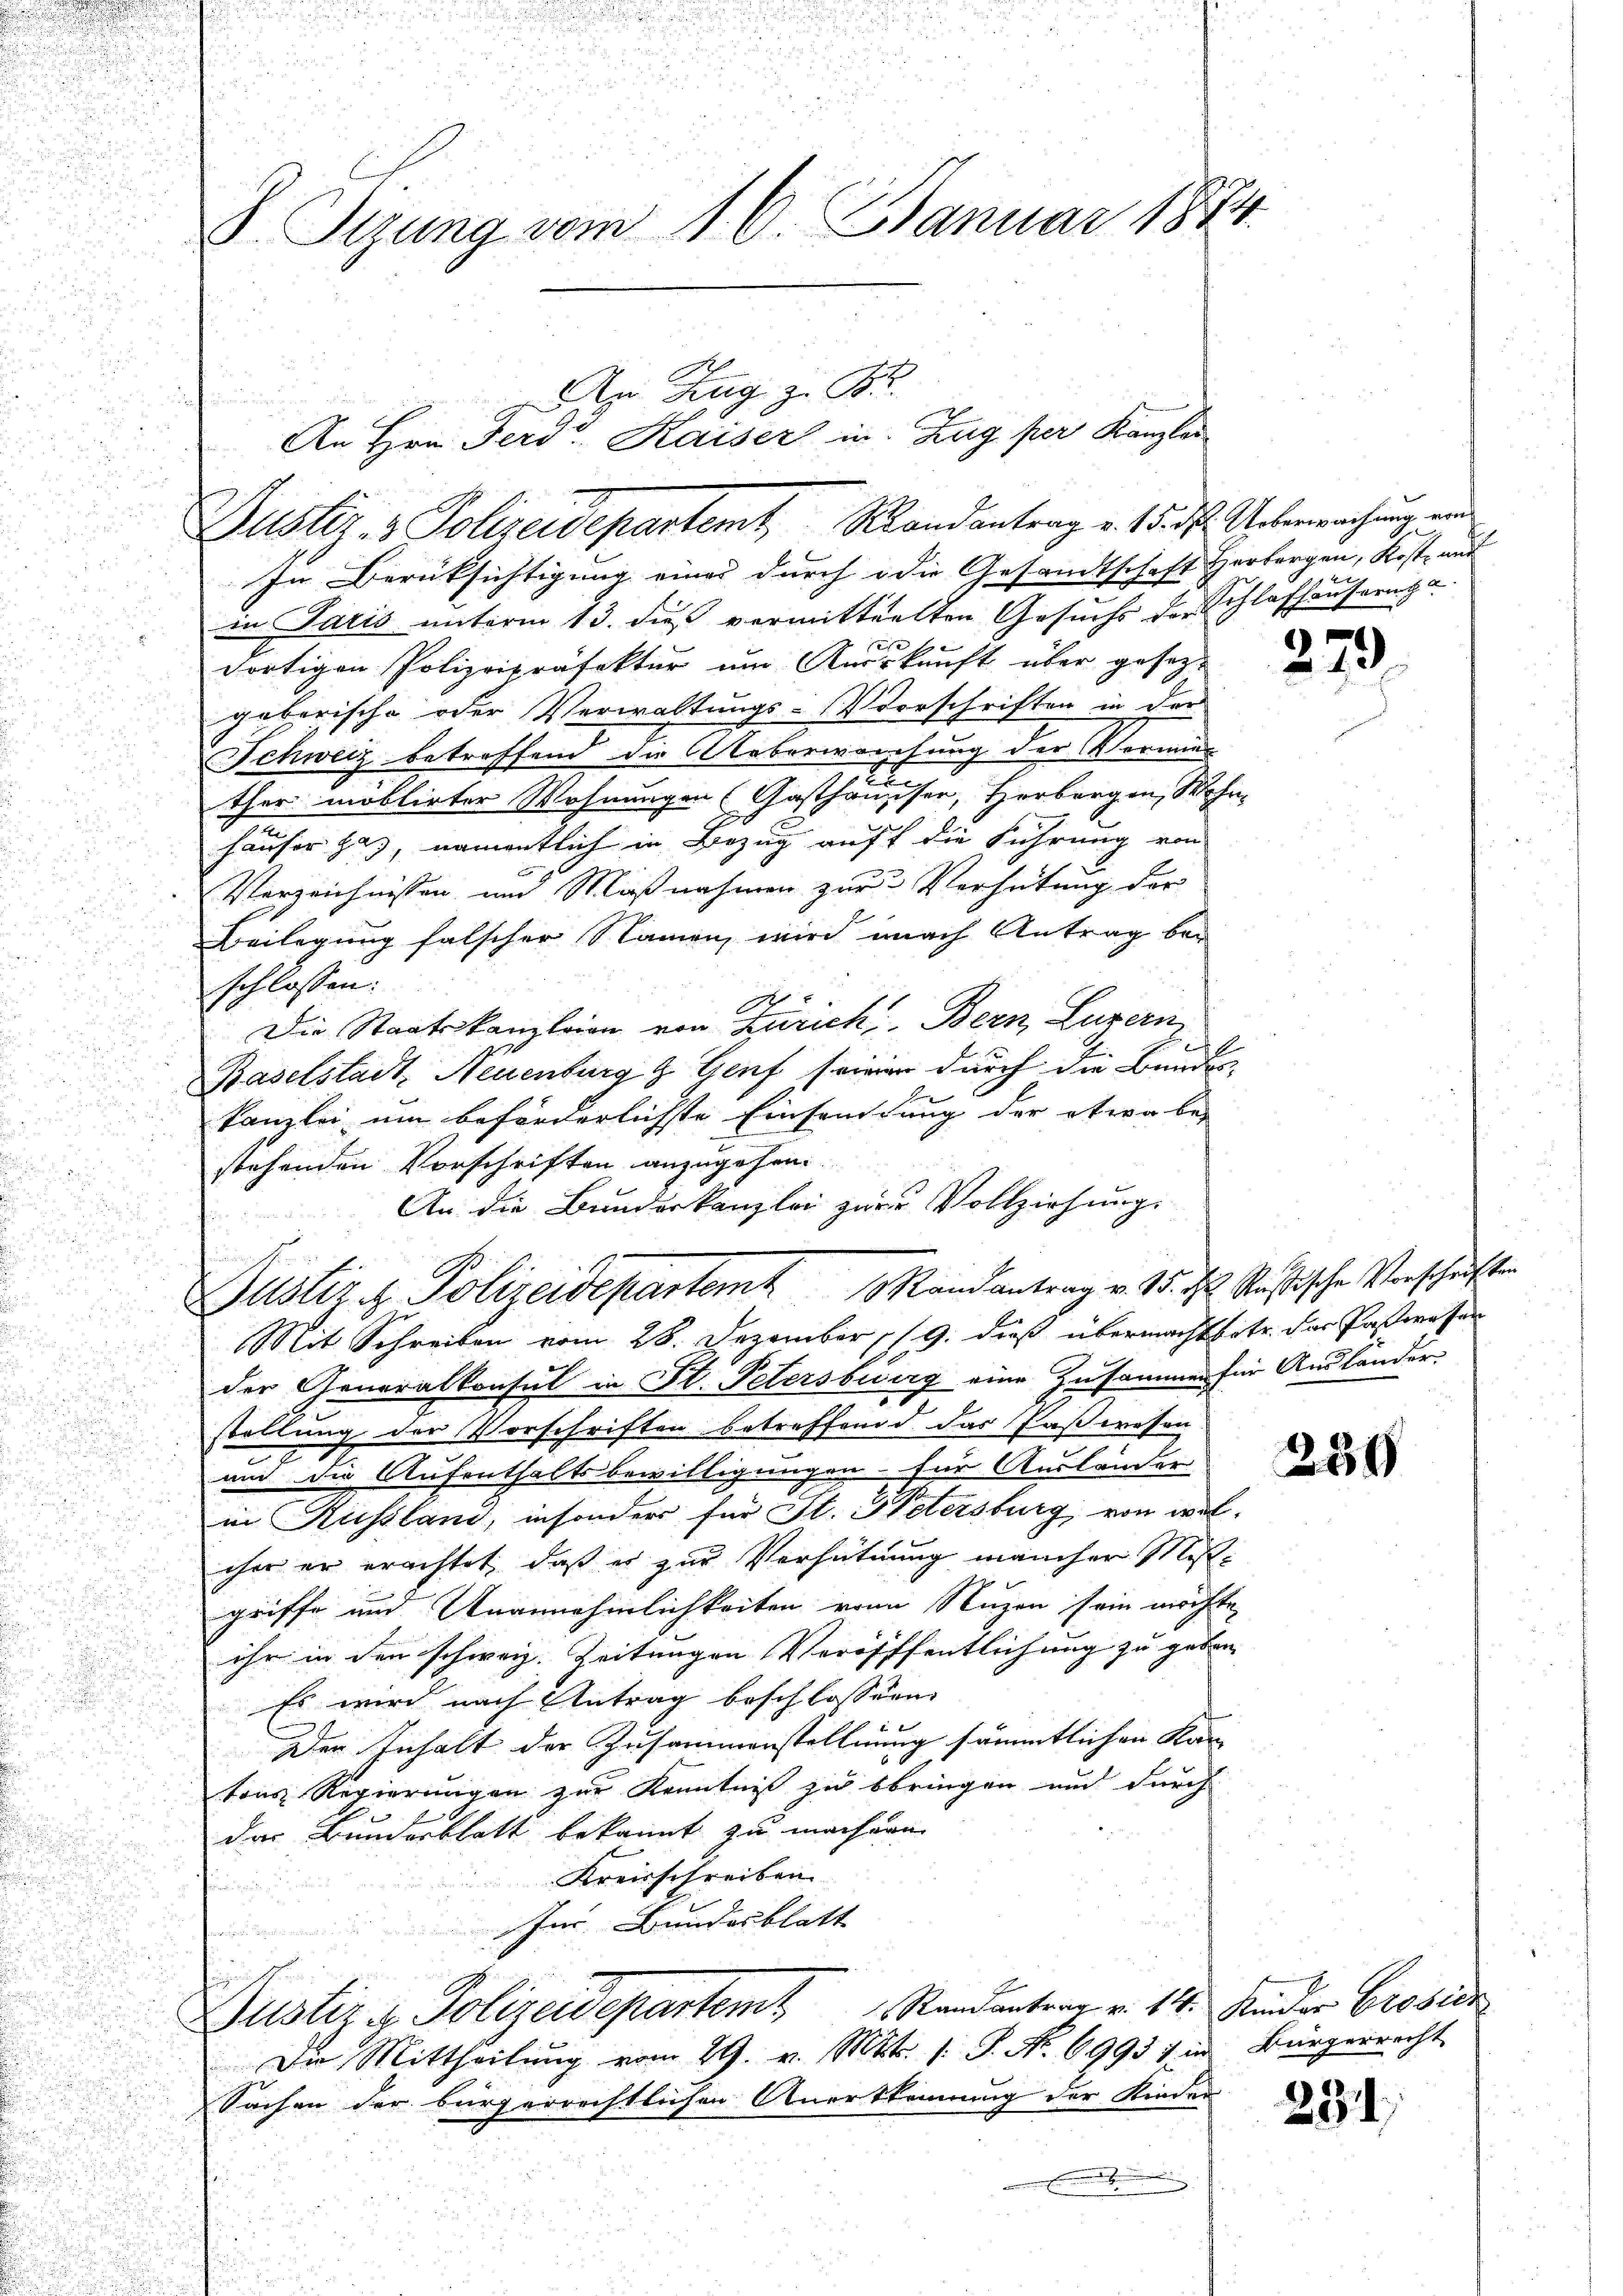
In Berücksichtigung eines durch die Gesandtschaft Herborgen, Kost auf
in Paris unterm 13. dieß vermittelten Gesuchs der Schlafhausern a
n
e
E
dortigen Polizeipräfektur um Auskunft über gesezgeberische oder Verwaltungs-Vorschriften in der
n
Schweiz betreffend die Ueberweichung der Vermins
e
2
i

ther möblirter Wohnungen (Gasthausser, Herbergen Wohn
häuser hat, namentlich in Bezug auf die Führung von
Verzeichnissen und Maßnahmen zur Verhütung der
Beilegung falscher Namen, wird nach Antrag beschlossen:
1
E
Die Staatskanzleien von Zürich, Bern, Luzern
Baselstadt, Neuenburg z. Genf seiner durch die Bundes-
kanzlei um beförderlichste Einsamdung der etwa bei
stehenden Vorschriften anzugehen.
An die Bunderkanzlei zur Vollziehung.
.
Mit Schreiben vom 28. Dezember 1/9. dieß übermacht betr. der Pastereser
d
der Generalkonsul in St. Petersburg eine Zusammen für Auslander
stellung der Vorschriften betreffend das Faßwesen
e
und die Aufenthaltsbewilligungen für Auslanden
u
u

in Russland, insonders für St. Petersburg von wel¬

ihe er erachtet, daß er zur Verhütung mancher Miss-
i
d

griffe und Unannehmlichkeiten von Nuzen sein möchte

ihr in den schweiz. Zeitungen Veröfffentlichung zu geben. |
Es wird nach Antrag beschlossen
Der Inhalt der Zusammenstellung sämmtlichen Kan
d
tons Regierungen zur Kenntniß zu bringen und durch
der Bundesblatt bekannt zu machern
Kreisschreiben
Jur. Bundesblatt
Justiz & Polizeidepartem Randantrag v. 14. Kinder Brosic
Die Mittheilŭng vom 29. v. Mts. /: P. Nr. 69931 in Bürgerrecht
Sachen der bürgerrechtlichen Anerkennung der Kinden
n
.

S. Sizung vom 16. Januar 1874.

An Zug zu Br
Dustiz- & Polizeidepartemt, Randantrag v. 15. ds. Ueberwachung eine

Justiz & Polizeidepartem Mandantrag v. 15. d. Rußische Verschriften

An Hrn. Ferd. Kaiser in Zug per Kanzler

.

279

239

231